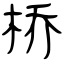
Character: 桥